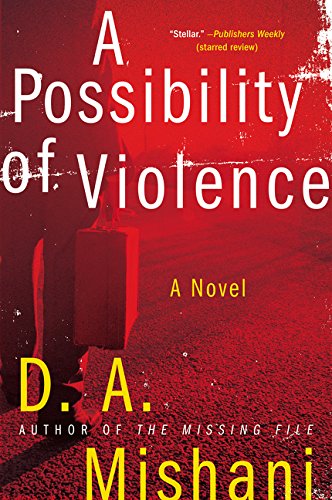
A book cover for A Possibility of Violence: A Novel; D. A. Mishani; Literature & Fiction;